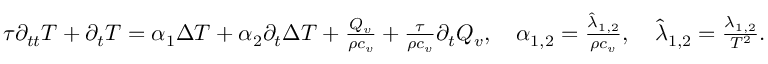
\begin{array} { r } { \tau \partial _ { t t } T + \partial _ { t } T = \alpha _ { 1 } \Delta T + \alpha _ { 2 } \partial _ { t } \Delta T + \frac { Q _ { v } } { \rho c _ { v } } + \frac { \tau } { \rho c _ { v } } \partial _ { t } Q _ { v } , \quad \alpha _ { 1 , 2 } = \frac { \hat { \lambda } _ { 1 , 2 } } { \rho c _ { v } } , \quad \hat { \lambda } _ { 1 , 2 } = \frac { \lambda _ { 1 , 2 } } { T ^ { 2 } } . } \end{array}